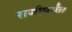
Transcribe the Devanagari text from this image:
राणीपर्यंत